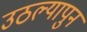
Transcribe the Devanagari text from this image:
उठल्यापुन